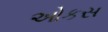
ઓકસ